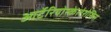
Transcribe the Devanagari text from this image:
आर्टेरियोस्केलेरोसिस